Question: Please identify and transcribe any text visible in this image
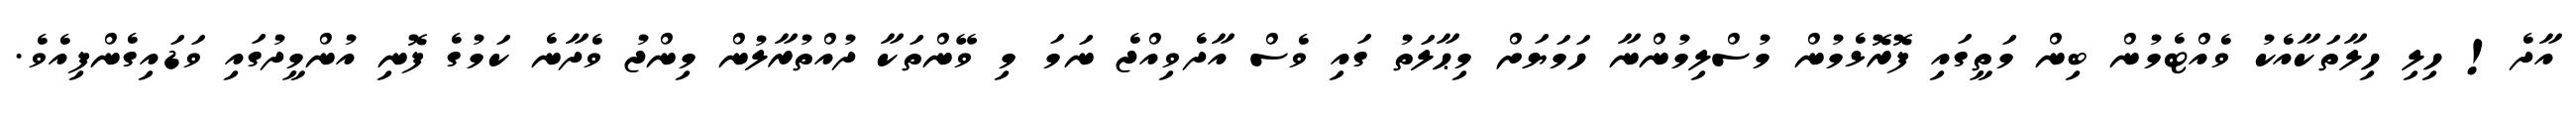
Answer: އާދެ! ހިލި ހިލާތަކާއެކު ވެއްޓެމުން ބިން މަތީގައި ފޮރޮޅެމުން މުސްލިމުންނާ ހަމަޔަށް މިޙާލަތު ގައި ވެސް އާދެވިއްޖެ ނަމަ މި ވޭންތަކާ ދުއްތުރާލުން މިންޖު ވެދާނެ ކަމުގެ ފޮނި އުންމީދުގައި ވަޑައިގެންފިއެވެ.